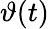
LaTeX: \vartheta(t)